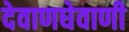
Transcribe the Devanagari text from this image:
देवाणघेवाणी